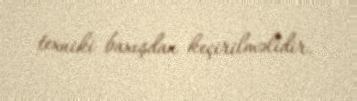
texniki baxışdan keçirilməlidir.